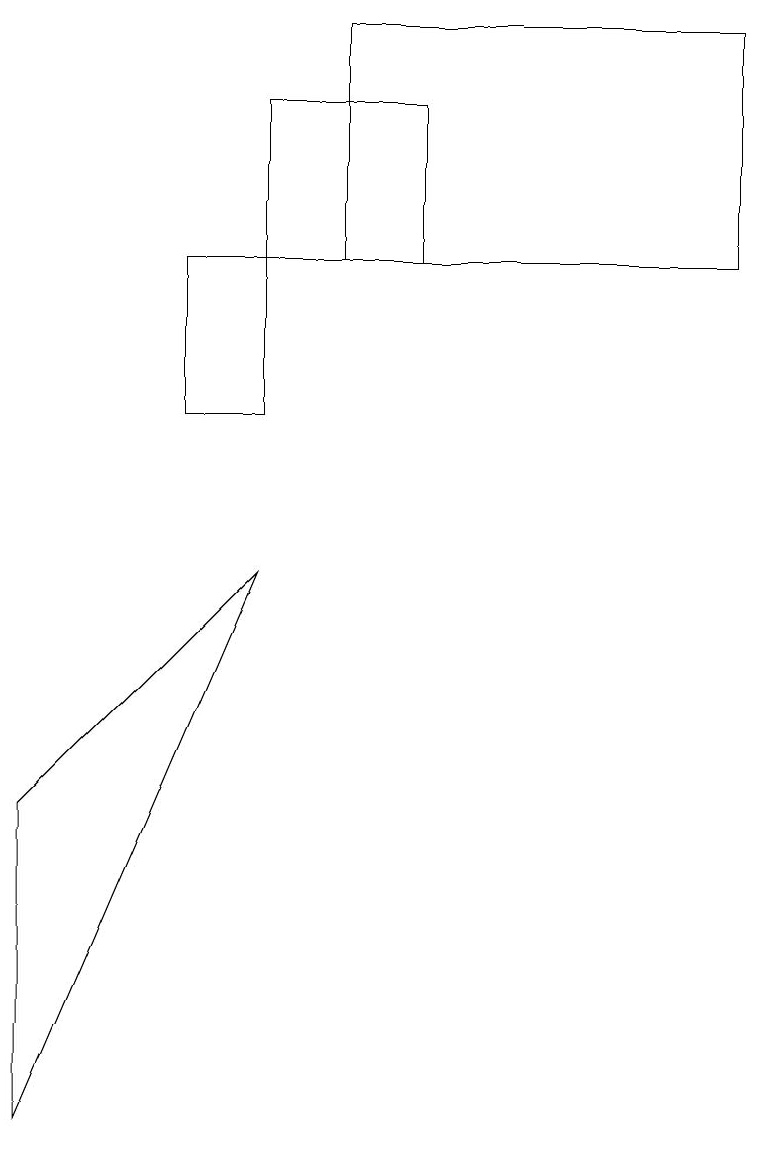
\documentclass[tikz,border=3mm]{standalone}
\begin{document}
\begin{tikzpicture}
\draw (3,14) rectangle (5,12);
\draw (9,12) rectangle (4,15);
\draw (2,12) rectangle (3,10);
\draw (0,1) -- (0,5) -- (3,8) -- cycle;
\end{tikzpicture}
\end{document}